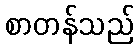
စာတန်သည်